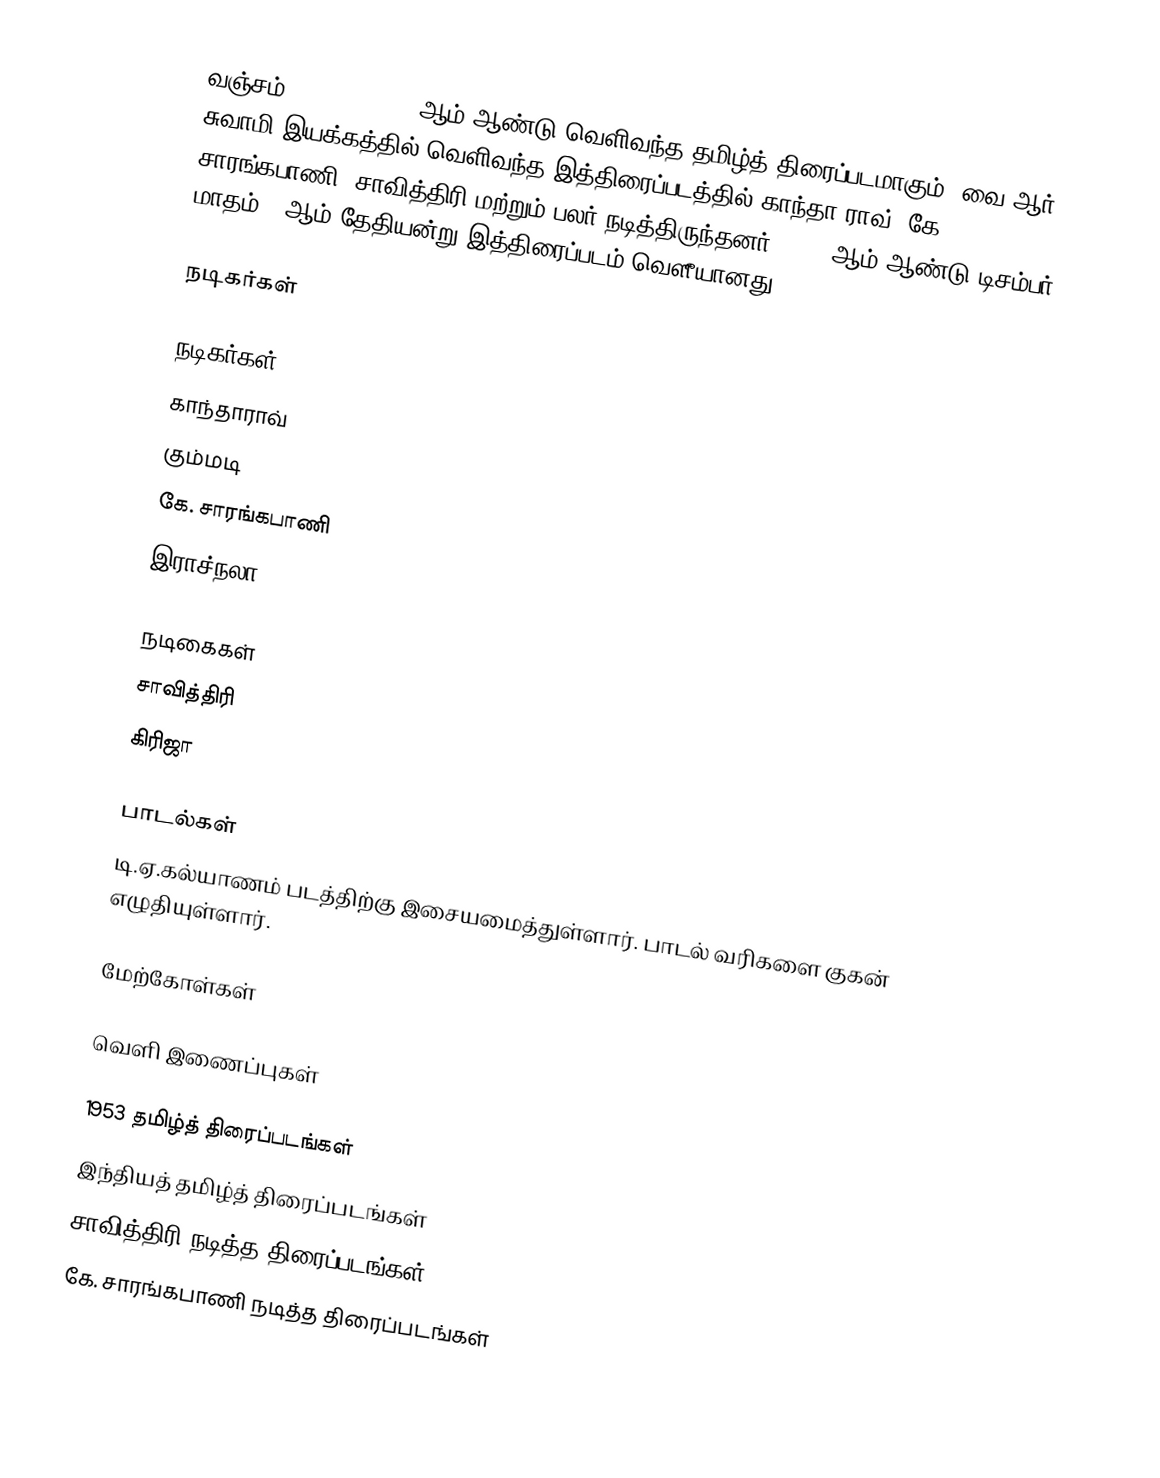
வஞ்சம் (Vanjam) 1953-ஆம் ஆண்டு வெளிவந்த தமிழ்த் திரைப்படமாகும். வை.ஆர். சுவாமி இயக்கத்தில் வெளிவந்த இத்திரைப்படத்தில் காந்தா ராவ், கே. சாரங்கபாணி, சாவித்திரி மற்றும் பலர் நடித்திருந்தனர். 1953 ஆம் ஆண்டு டிசம்பர் மாதம் 4 ஆம் தேதியன்று இத்திரைப்படம் வெளீயானது.

நடிகர்கள்

நடிகர்கள்
காந்தாராவ்
கும்மடி
கே. சாரங்கபாணி
இராச்நலா

நடிகைகள்
சாவித்திரி
கிரிஜா

பாடல்கள்
டி.ஏ.கல்யாணம் படத்திற்கு இசையமைத்துள்ளார். பாடல் வரிகளை குகன் எழுதியுள்ளார்.

மேற்கோள்கள்

வெளி இணைப்புகள்

1953 தமிழ்த் திரைப்படங்கள்
இந்தியத் தமிழ்த் திரைப்படங்கள்
சாவித்திரி நடித்த திரைப்படங்கள்
கே. சாரங்கபாணி நடித்த திரைப்படங்கள்